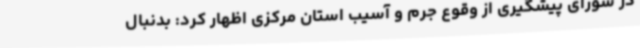
در شورای پیشگیری از وقوع جرم و آسیب استان مرکزی اظهار کرد: بدنبال